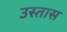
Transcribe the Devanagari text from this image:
उस्तास